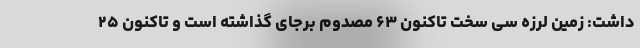
داشت: زمین لرزه سی سخت تاکنون ۶۳ مصدوم برجای گذاشته است و تاکنون ۲۵